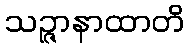
သဉ္ဇာနာထာတိ